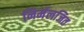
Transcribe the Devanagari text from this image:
निर्मलजित